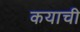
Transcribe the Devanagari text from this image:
कयाची